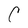
Character: C